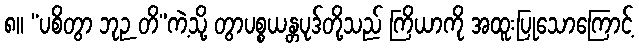
၈။ “ပစိတွာ ဘုဉ တိ”ကဲ့သို့ တွာပစ္စယန္တပုဒ်တို့သည် ကြိယာကို အထူးပြုသောကြောင့်